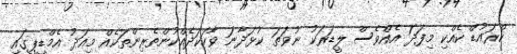
ކްރައުޑް ކެއްކި މިފަދަ އެއްވެސް ލީޑަރަކު ނުވަތަ ކުޅަދާނަ ވާހަކަދެއްކުންތެރިންތަކެއް މިއަދު އެމްޑީޕީގައި